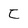
Character: C